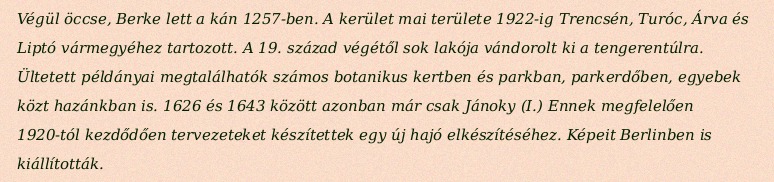
Végül öccse, Berke lett a kán 1257-ben. A kerület mai területe 1922-ig Trencsén, Turóc, Árva és Liptó vármegyéhez tartozott. A 19. század végétől sok lakója vándorolt ki a tengerentúlra. Ültetett példányai megtalálhatók számos botanikus kertben és parkban, parkerdőben, egyebek közt hazánkban is. 1626 és 1643 között azonban már csak Jánoky (I.) Ennek megfelelően 1920-tól kezdődően tervezeteket készítettek egy új hajó elkészítéséhez. Képeit Berlinben is kiállították.